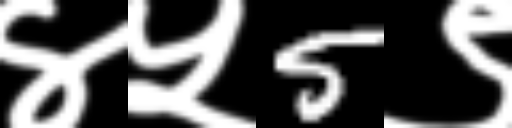
Text: ४५5९